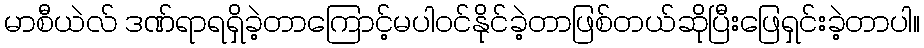
မာစီယဲလ် ဒဏ်ရာရရှိခဲ့တာကြောင့်မပါဝင်နိုင်ခဲ့တာဖြစ်တယ်ဆိုပြီးဖြေရှင်းခဲ့တာပါ။